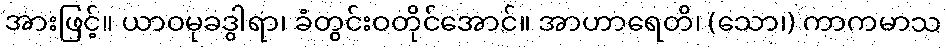
အားဖြင့်။ ယာဝမုခဒွါရာ၊ ခံတွင်းဝတိုင်အောင်။ အာဟာရေတိ၊ (သော၊) ကာကမာသ